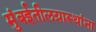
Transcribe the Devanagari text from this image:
मुंबईतीलग्रास्‍थांना